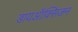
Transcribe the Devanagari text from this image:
डायऑक्सिजन